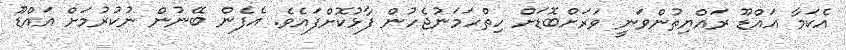
އެކަމާ އައްޑޫ ރައްޔިތުންވަނީ ވަރަށްބޮޑަށް ހިތްހަމަނުޖެހުން ފާޅުކޮށްފައެވެ. އެފެން ބޭނުން ނުކުރުމަށް އައްޑޫ